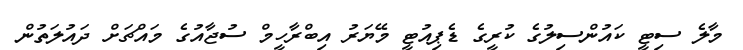
މާލެ ސިޓީ ކައުންސިލުގެ ކުރީގެ ޑެޕިއުޓީ މޭޔަރު އިބްރާހީމް ސުޖާއުގެ މައްޗަށް ދައުލަތުން